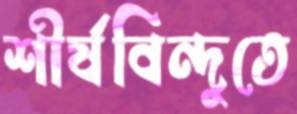
শীর্ষবিন্দুতে